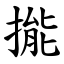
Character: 㨢